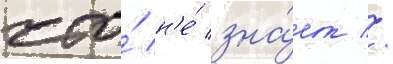
что́ н'е́ зна́ет //